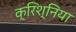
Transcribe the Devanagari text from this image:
क्रिश्निया